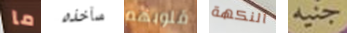
ما سآخذه قلوبهم النكهة جنيه